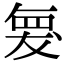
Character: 𮊆